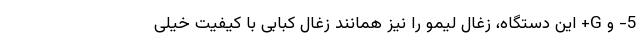
5- و G+ این دستگاه، زغال لیمو را نیز همانند زغال کبابی با کیفیت خیلی